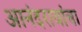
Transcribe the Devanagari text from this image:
आनंदरावांचा